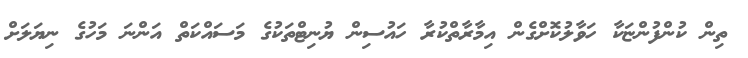
ތިން ކުންފުންޏަކާ ހަވާލުކޮށްގެން އިމާރާތްކުރާ ހައުސިން ޔުނިޓްތަކުގެ މަސައްކަތް އަންނަ މަހުގެ ނިޔަލަށް